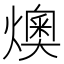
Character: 燠